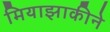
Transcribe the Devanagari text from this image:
मियाझाकीने